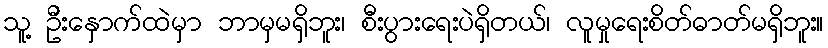
သူ့ ဦးနှောက်ထဲမှာ ဘာမှမရှိဘူး၊ စီးပွားရေးပဲရှိတယ်၊ လူမှုရေးစိတ်ဓာတ်မရှိဘူး။